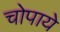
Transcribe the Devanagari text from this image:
चोपाये